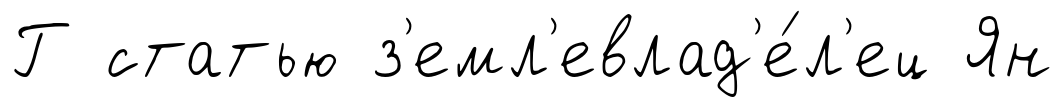
Г статью з'емл'евлад'е́л'ец Ян